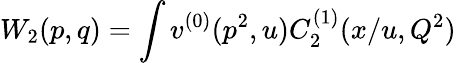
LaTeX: W_{2}(p,q)=\int v^{(0)}(p^{2},u)C_{2}^{(1)}(x/u,Q^{2})